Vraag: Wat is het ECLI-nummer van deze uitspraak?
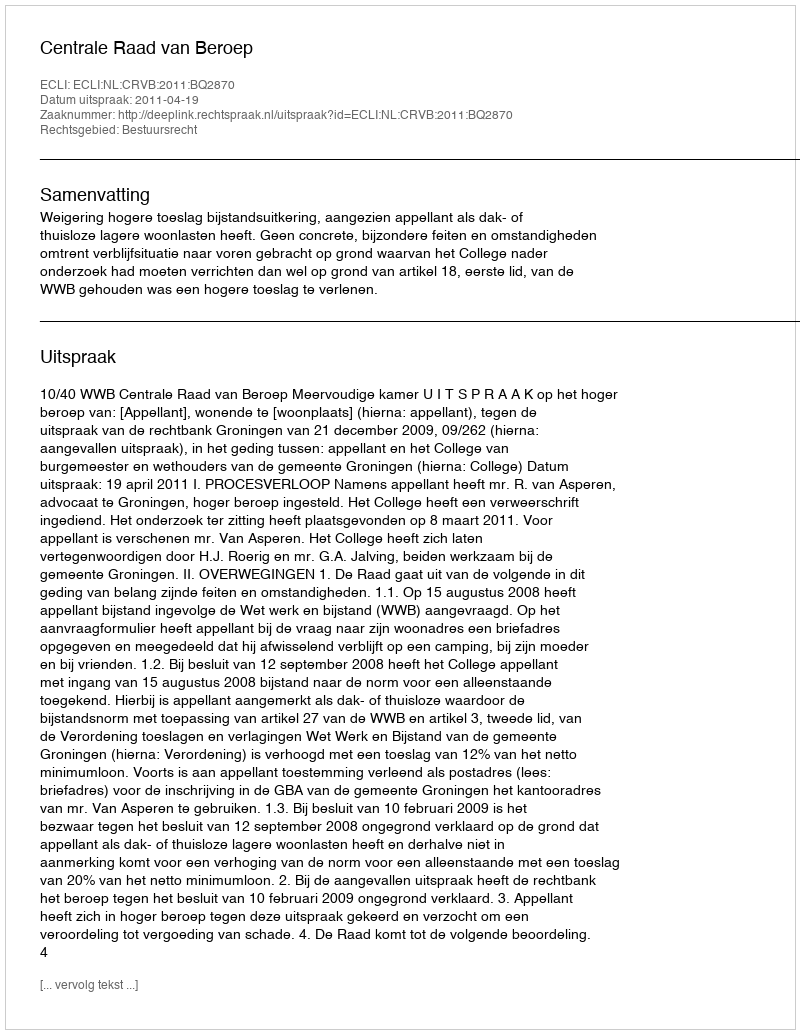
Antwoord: ECLI:NL:CRVB:2011:BQ2870